Code of medical and sanitary regulations for the guidance of medical officers serving in the Madras Presidency - Volume II
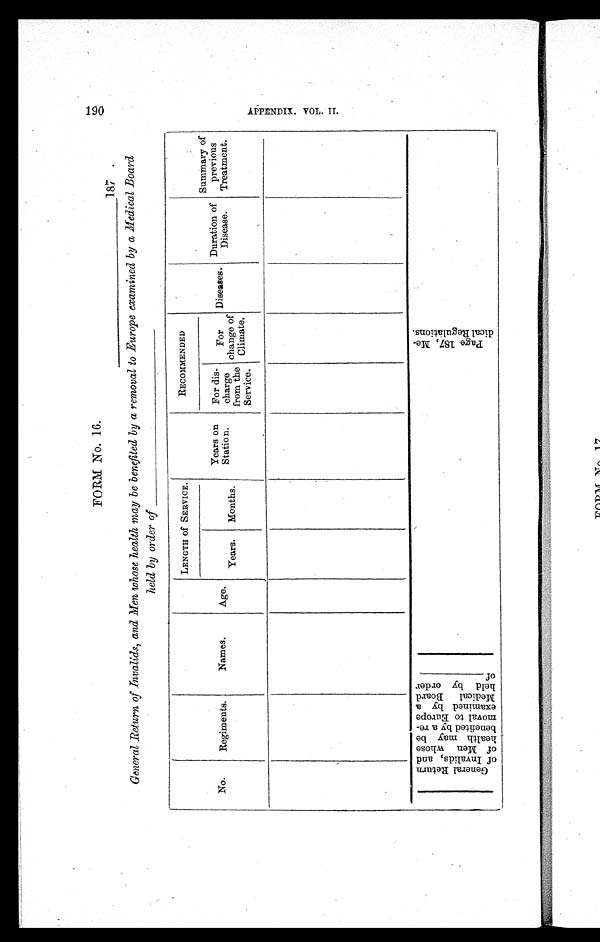
FORM No. 16.
General Return of Invalids, and Men whose health may be benefited by a removal to Europe examined by a Medical Board
held by order of____________________________
No.
Regiments.
Names.
Age.
LENGTH of SERVICE.
Years on
Station.
RECOMMENDED
Diseases. Duration of
Disease.
Summary of
previous
Treatment
Years. Months.
For dis-
charge
from the
Service.
For
change of
Climate.
G e n e r a l R e t u r n o f I n v a l i d s , a n d o f M e n w h o s e h e a l t h m a y b e b e n e f i t e d b y a r e - m o v a l t o E u r o p e e x a m i n e d b y a M e d i c a l B o a r d h e l d b y o r d e r o f _ _ _ _ _ _ _ _ _ _ _ _ _
P a g e 1 8 7 , M e - d i c a l R e g u l a t i o n s .
1 9 0 A P P E N D I X . V O L . I I .